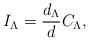
LaTeX: \begin{align*}I_{\Lambda}={d_{\Lambda}\over d}C_{\Lambda},\end{align*}